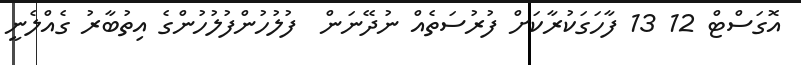
އޮގަސްޓް 12 13 ފާހަގަކުރާކަށް ފުރުސަތެއް ނުދޭނަން  ފުލުހުންފުލުހުންގެ އިތުބާރު ގެއްލެނީ